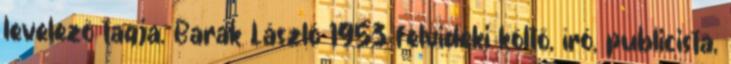
levelező tagja. Barak László 1953 felvidéki költő, író, publicista,